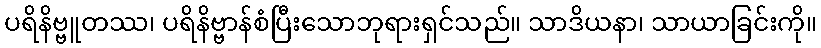
ပရိနိဗ္ဗူတဿ၊ ပရိနိဗ္ဗာန်စံပြီးသောဘုရားရှင်သည်။ သာဒိယနာ၊ သာယာခြင်းကို။